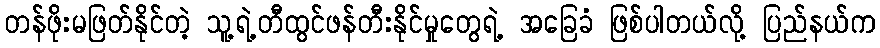
တန်ဖိုးမဖြတ်နိုင်တဲ့ သူ့ရဲ့တီထွင်ဖန်တီးနိုင်မှုတွေရဲ့ အခြေခံ ဖြစ်ပါတယ်လို့ ပြည်နယ်က